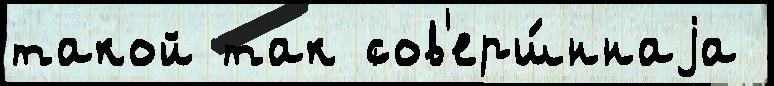
такой так сов'ерш́ннаjа